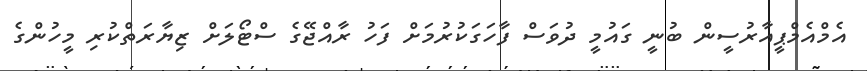
އެމްއެމްޕީއާރުސީން ބުނީ ގައުމީ ދުވަސް ފާހަގަކުރުމަށް ފަހު ރާއްޖޭގެ ސްޓޯލަށް ޒިޔާރަތްކުރި މީހުންގެ